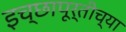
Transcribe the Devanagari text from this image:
इच्छापूर्तीच्या